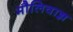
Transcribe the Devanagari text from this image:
मौलिवान्न